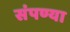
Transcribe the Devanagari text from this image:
संपण्या